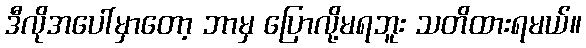
ဒီလိုအပေါ်မှာတော့ ဘာမှ ပြောလို့မရဘူး သတိထားရမယ်။